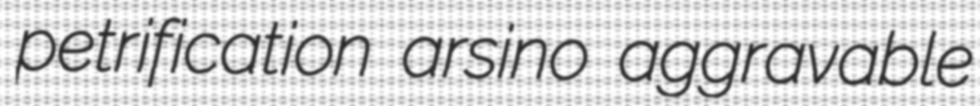
petrification arsino aggravable